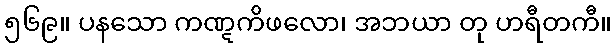
၅၆၉။ ပနသော ကဏ္ဋကိဖလော၊ အဘယာ တု ဟရီတကီ။